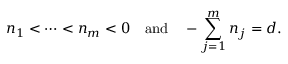
n _ { 1 } < \cdots < n _ { m } < 0 \mathrm { ~ ~ ~ a n d ~ ~ ~ } - \sum _ { j = 1 } ^ { m } n _ { j } = d .